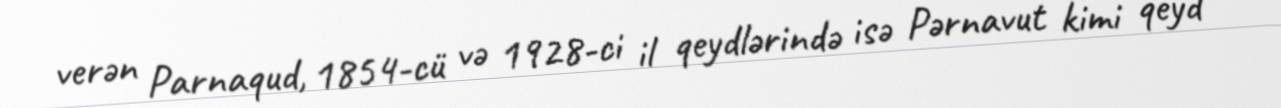
verən Parnaqud, 1854-cü və 1928-ci il qeydlərində isə Pərnavut kimi qeyd